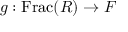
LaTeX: g : \operatorname { F r a c } ( R ) \rightarrow F